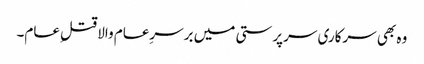
وہ بھی سرکاری سرپرستی میں برسرِعام والا قتلِ عام۔